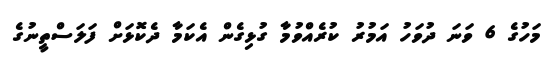
މަހުގެ 6 ވަނަ ދުވަހު އަމުރު ކުރެއްވުމާ ގުޅިގެން އެކަމާ ދެކޮޅަށް ފަލަސްތީނުގެ